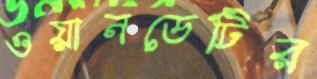
ওয়ানডেটির